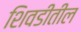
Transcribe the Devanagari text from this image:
शिवडीतील